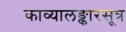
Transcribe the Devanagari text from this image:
काव्यालङ्कारसूत्र